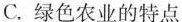
C.绿色农业的特点